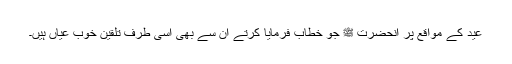
عید کے مواقع پر آنحضرت ﷺ جو خطاب فرمایا کرتے ان سے بھی اسی طرف تلقین خوب عیاں ہیں۔